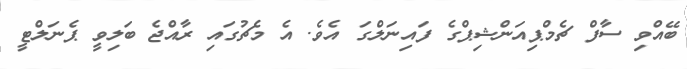
ބޭއްވި ސާފް ޗެމްޕިއަންޝިޕްގެ ފައިނަލްގަ އެވެ. އެ މެޗުގައި ރާއްޖެ ބަލިވީ ޕެނަލްޓީ